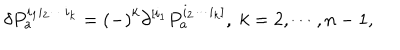
\delta P _ { a } ^ { i _ { 1 } i _ { 2 } \cdots i _ { k } } = \left( - \right) ^ { k } \partial ^ { [ i _ { 1 } } P _ { a } ^ { i _ { 2 } \cdots i _ { k } ] } , \; k = 2 , \cdots , n - 1 ,